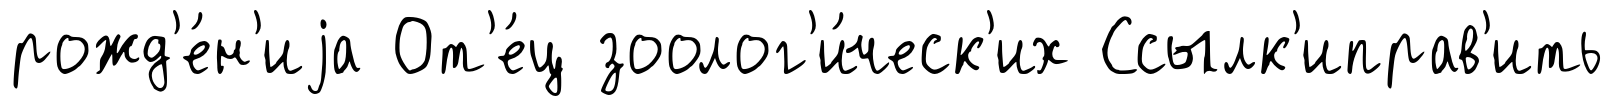
рожд'е́н'иjа От'е́ц зоолог'и́ческ'их Ссылк'иправ'ить